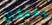
يملكان